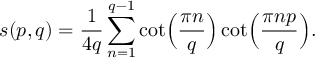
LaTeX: s ( p , q ) = { \frac { 1 } { 4 q } } \sum _ { n = 1 } ^ { q - 1 } \cot \Bigl ( { \frac { \pi n } { q } } \Bigr ) \cot \Bigl ( { \frac { \pi n p } { q } } \Bigr ) .